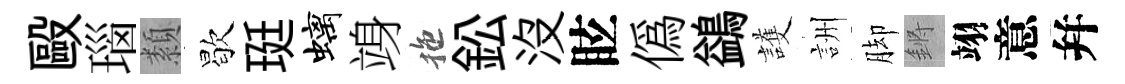
毆瑙纇歇珽螭竧拖鈆没眩偽鷁護詶脚鏘翊意幷